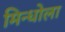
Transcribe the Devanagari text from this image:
मिन्धोला